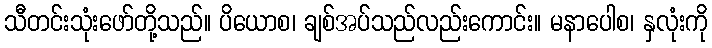
သီတင်းသုံးဖော်တို့သည်။ ပိယောစ၊ ချစ်အပ်သည်လည်းကောင်း။ မနာပေါစ၊ နှလုံးကို